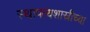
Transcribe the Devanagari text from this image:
स्थापत्यशास्रीच्या